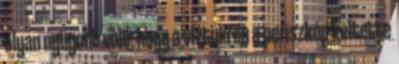
olyan nyugodt volt, hogy a víztükrön a periszkóp keltette